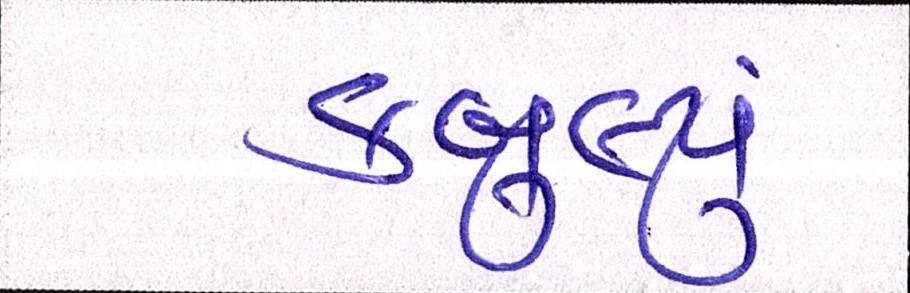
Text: કબુલ્યું